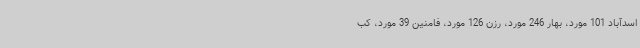
اسدآباد 101 مورد، بهار 246 مورد، رزن 126 مورد، فامنین 39 مورد، کب